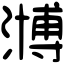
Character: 𣽡